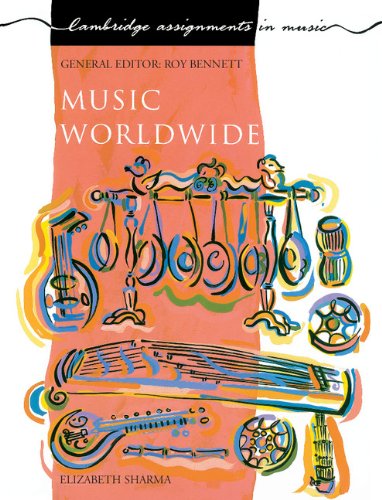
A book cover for Music Worldwide (Cambridge Assignments in Music); Elizabeth Sharma; Teen & Young Adult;